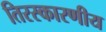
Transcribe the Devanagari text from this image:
तिरस्कारणीय